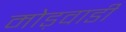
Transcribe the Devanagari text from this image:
मोड़वाडी